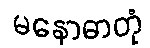
မနောဓာတုံ